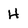
Character: H